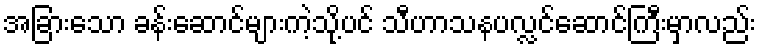
အခြားသော ခန်းဆောင်များကဲ့သို့ပင် သီဟာသနပလ္လင်ဆောင်ကြီးမှာလည်း